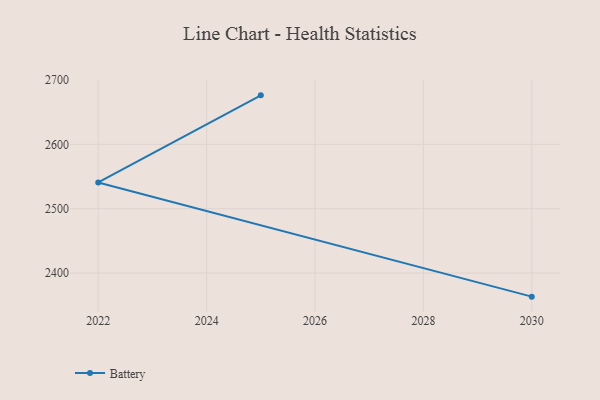
{"axis": {"x": "Year", "y": "Budget (USD K)"}, "legend": ["Battery"], "data": [{"x": "2025", "y": 2676.2, "type": "Battery"}, {"x": "2022", "y": 2540.8, "type": "Battery"}, {"x": "2030", "y": 2363.3, "type": "Battery"}]}